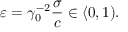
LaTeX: \varepsilon = \gamma _ { 0 } ^ { - 2 } \frac { \sigma } { c } \in \langle 0 , 1 ) .